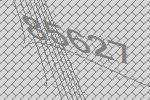
85627